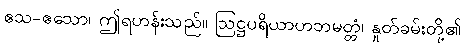
ဧသ-ဧသော၊ ဤရဟန်းသည်။ ဩဋ္ဌပရိယာဟဘမတ္တံ၊ နှုတ်ခမ်းတို့၏